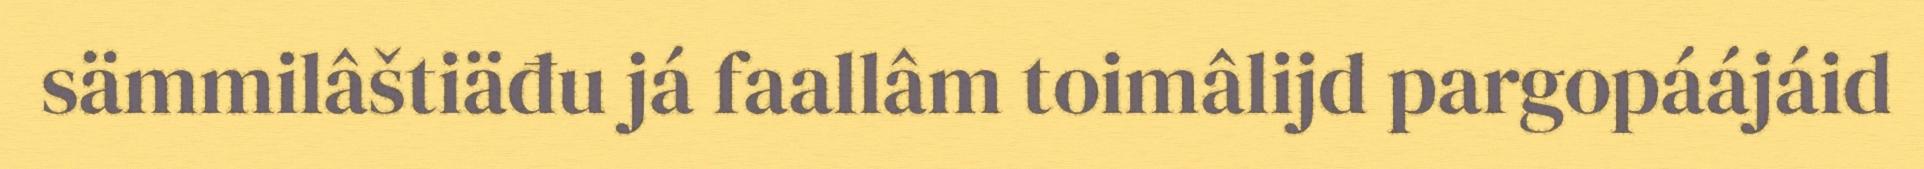
sämmilâštiäđu já faallâm toimâlijd pargopáájáid